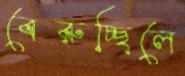
বেরুচ্ছিলে